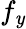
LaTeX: f_{\mathit{y}}